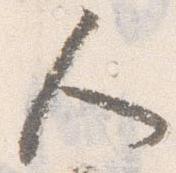
人